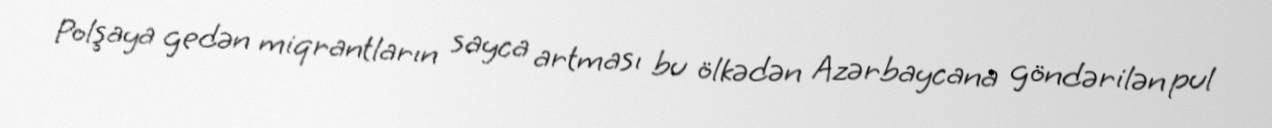
Polşaya gedən miqrantların sayca artması bu ölkədən Azərbaycana göndərilən pul